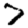
Digit: 7